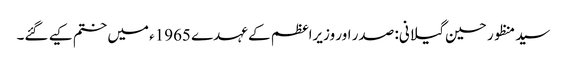
سید منظور حسین گیلانی: صدر اور وزیراعظم کے عہدے 1965ء میں ختم کیے گئے۔